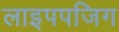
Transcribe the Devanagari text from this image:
लाइपपजिग